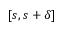
[ s , s + \delta ]